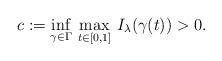
LaTeX: \begin{align*}c := \inf_{\gamma \in \Gamma}\, \max_{t \in [0,1]}\, I_\lambda(\gamma(t)) > 0.\end{align*}